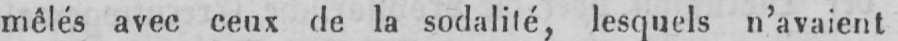
mêlés avec ceux de la sodalité, lesquels n’avaient